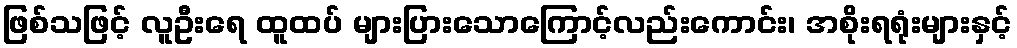
ဖြစ်သဖြင့် လူဦးရေ ထူထပ် များပြားသောကြောင့်လည်းကောင်း၊ အစိုးရရုံးများနှင့်